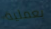
بعملية